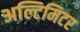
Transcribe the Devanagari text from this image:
अल्टिमिटर